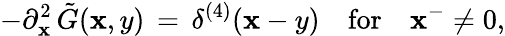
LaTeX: -\partial_{\mathbf{x}}^{2}\, \tilde{{G}}(\mathbf{x},y)\, =\, \delta^{(4)}(\mathbf{x}-y)\quad\mathrm{{for}}\quad\mathbf{x}^{-}\ne0,